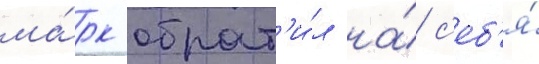
ма́рк обрат'и́л на́ с'еб'я́